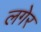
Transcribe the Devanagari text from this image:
लगेर